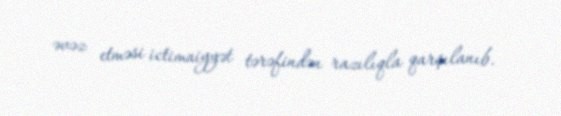
əvəz etməsi ictimaiyyət tərəfindən razılıqla qarşılanıb.